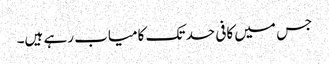
جس میں کافی حد تک کامیاب رہے ہیں۔